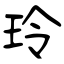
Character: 玲